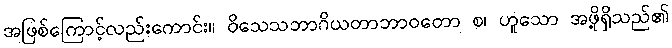
အဖြစ်ကြောင့်လည်းကောင်း။ ဝိသေသဘာဂိယတာဘာဝတော စ၊ ဟူသော အဖို့ရှိသည်၏